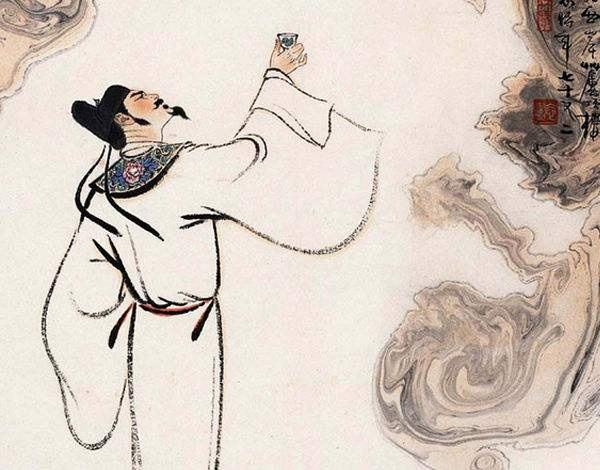
子胥既弃吴江上，屈原终投湘水滨。